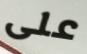
على